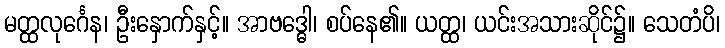
မတ္ထလုင်္ဂေန၊ ဦးနှောက်နှင့်။ အာဗဒ္ဓေါ၊ စပ်နေ၏။ ယတ္ထ၊ ယင်းအသားဆိုင်၌။ သေတံပိ၊